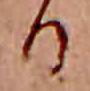
る